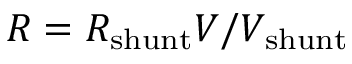
R = R _ { \mathrm { s h u n t } } V / V _ { \mathrm { s h u n t } }